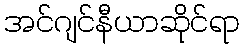
အင်ဂျင်နီယာဆိုင်ရာ